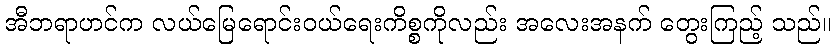
အီဘရာဟင်က လယ်မြေရောင်းဝယ်ရေးကိစ္စကိုလည်း အလေးအနက် တွေးကြည့် သည်။